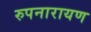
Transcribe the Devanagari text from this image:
रुपनारायण